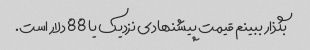
بگذار ببینم قیمت پیشنهادی نزدیک یا 88 دلار است.